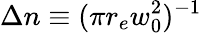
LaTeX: \Delta n\equiv(\pi r_{e}w_{0}^{2})^{-1}